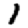
Digit: 1